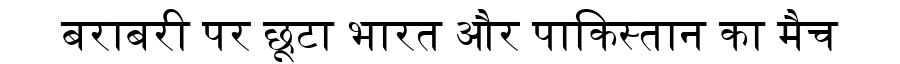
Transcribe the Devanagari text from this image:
बराबरी पर छूटा भारत और पाकिस्तान का मैच